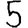
Digit: 5